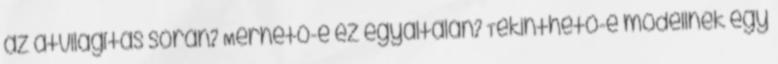
az átvilágítás során? Mérhető-e ez egyáltalán? Tekinthető-e modellnek egy